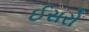
ઈસરો